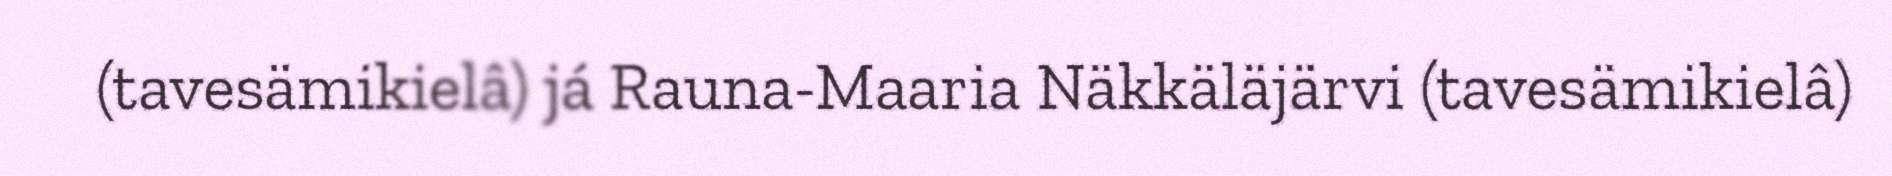
(tavesämikielâ) já Rauna-Maaria Näkkäläjärvi (tavesämikielâ)